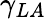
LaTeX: \gamma_{LA}